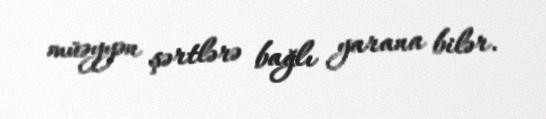
müəyyən şərtlərə bağlı yarana bilər.